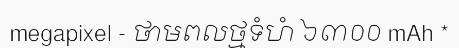
megapixel - ថាមពលថ្មទំហំ ៦៣០០ mAh *